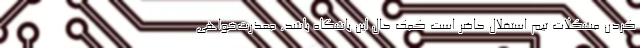
کردن مشکلات تیم استقلال حاضر است کمک حال این باشگاه باشد. معذرت‌خواهی